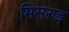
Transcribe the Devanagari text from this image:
मिसरूड